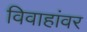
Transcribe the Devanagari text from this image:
विवाहांवर